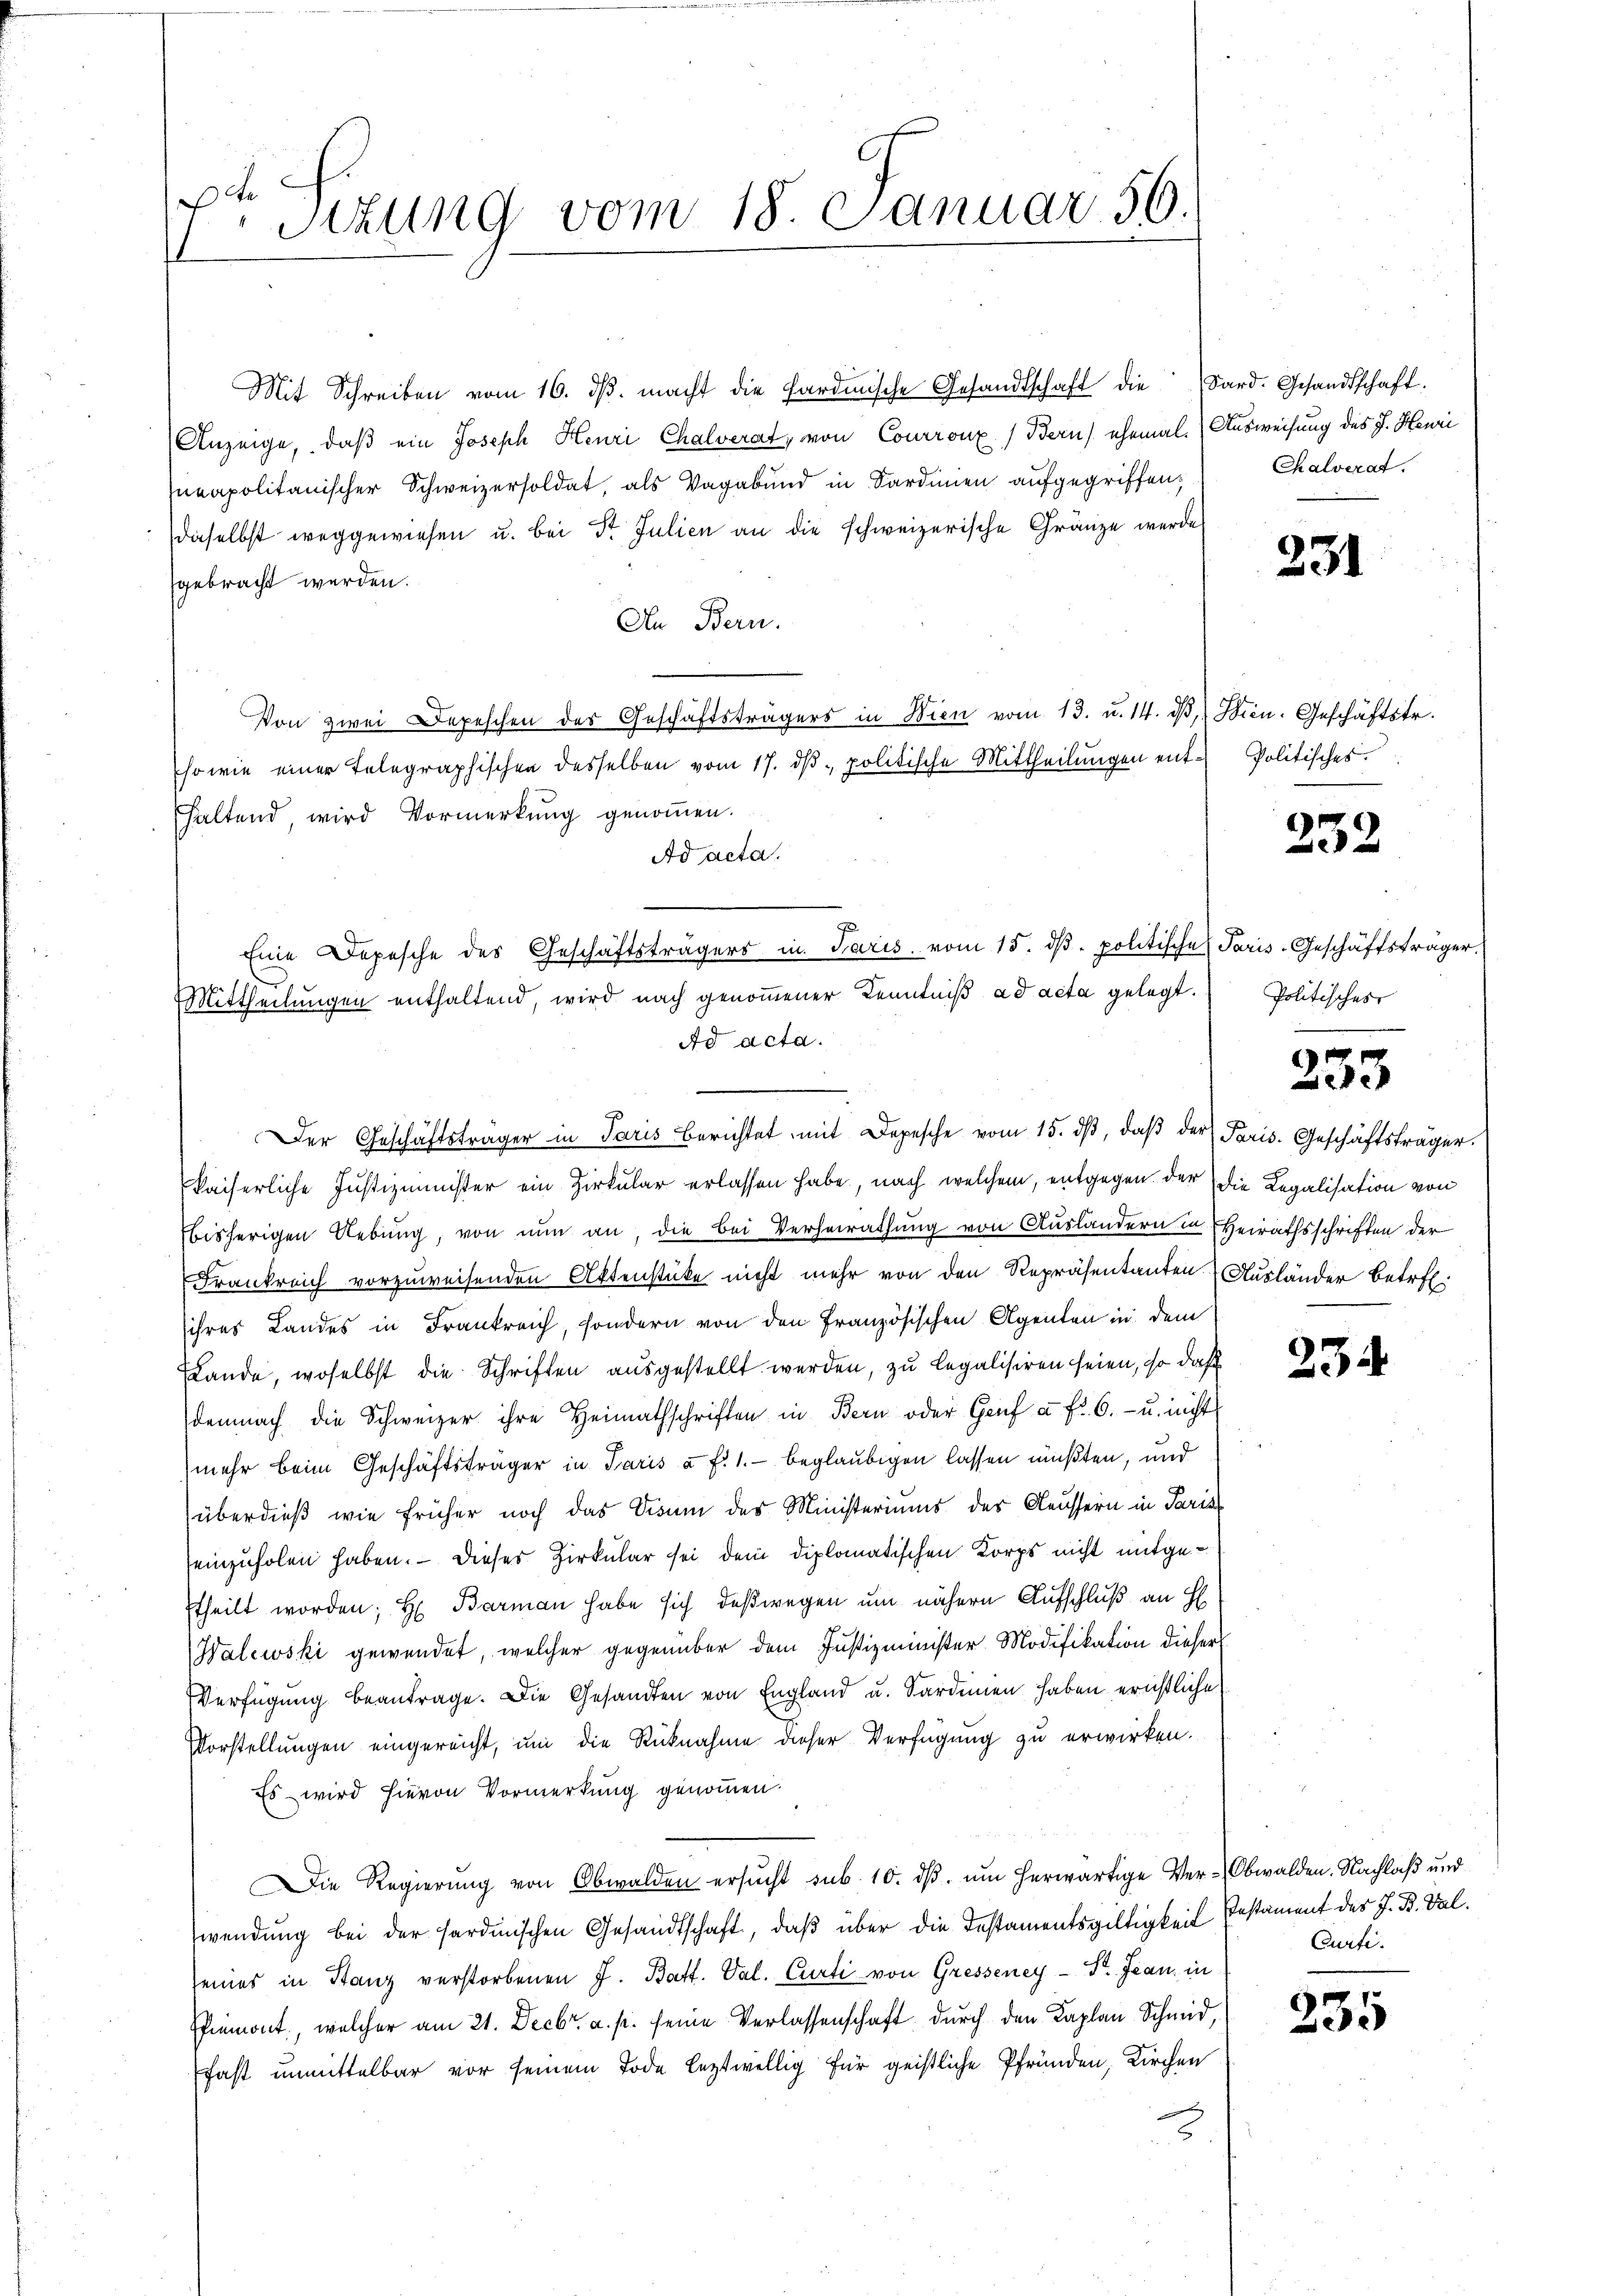
e
Sitzung vom 18. Januar 56.

Mit Schreiben vom 16. dβ. macht die Pardische Gesandtschaft die Sard. Gesandtschaft.
Anzeige, daß ein Joseph Henri Chalverat, von Courronz (Bern, ehemal. (Ausweisung des J. Heuri
neapolitanischer Schweizersoldat, als Vagabund in Sardinien aufgegriffen;
daselbst weggewiesen u. bei Dr. Julien an die schweizerische Gränze werde
gebracht werden.
An Bern.
Von zwei Depeschen des Geschäftsträgers in Wien vom 13. u. 14. dβ, Wien. Geschäftstr.
sowie einer telegraphischen desselben vom 17. dβ. politische Mittheilungen ent-Politisches.
haltend, wird Vormerkung genommen.
Ad acta.
Eine Depesche des Geschäftsträgers in Paris vom 15. dβ. politische Paris-Geschäftsträger.
Mittheilungen enthaltend, wird nach genommener Kenntniß ad acta gelegt.
Ad acta.
kaiserliche Justizminister ein Zirkular erlassen habe, nach welchem, entgegen der die Legalisation von
bisherigen Uebung, von nun an, die bei Verheirathung von Ausländern in Heirathsschriften der
Frankreich vorzuweisenden Aktenstücke nicht mehr von den Repräsentanten Ausländer betr.
ihres Landes in Frankreich, sondern von den Französischen Agenten in dem
Lande, woselbst die Schriften ausgestellt werden, zu legalisiren seien, so daß
demnach die Schweizer ihre Heimathschriften in Bern oder Genf a. f. 6.- u. nicht
mehr beim Geschäftsträger in Paris à f. 1. beglaubigen lassen mußten, und
überdieß wie früher noch das Visum des Ministeriums des Aeussern in Paris
einzuholen haben. — Dieses Zirkular sei dem diplomatischen Korps nicht mitgetheilt worden; H. Barman habe sich deßwegen um nähern Aufschluß an H
Walewski gewendet, welcher gegenüber dem Justizminister Modifikation dieser
Verfügŭng beantrage. Die Gesandten von England u. Sardenen haben ernstliche
Vorstellungen eingereicht, um die Rücknahme dieser Verfügung zu erwirken.
Es wird hievon Vormerkung genommen.
Die Regierung von Obwalden ersŭcht sub. 10. dβ. um herwärtige Ver-Obwalden. Nachlaß und
wendung bei der sardinischen Gesandtschaft, daß über die Instamentsgültigkeit Pestament des J. B. Tal.
seines in Stanz verstorbenen J. Batt. Val. Curti von Gresseney - Dr. Jean, in
Piemont, welcher am 21. Decbr. a. p. seine Verlassenschaft durch den Kaplan Schmid,
fast unmittelbar vor seinem Tode leztwillig für geistliche Pfründen, Kirchen
E

Der Geschäftsträger in Paris berichtet mit Depesche vom 15. dβ, daβ der Paris. Geschäftsträger.

Chalverat.

231

232

Politisches

253

234.

Curti.

235